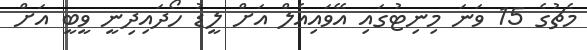
މެޗުގެ 15 ވަނަ މިނިޓުގައި އޭވައިއެލް އަށް ލީޑު ހޯދައިދިނީ ވީބީ އަށް